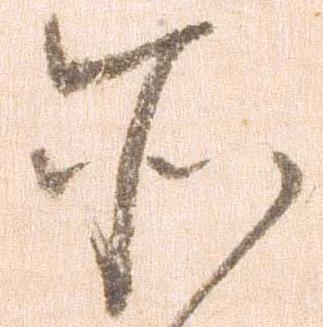
所